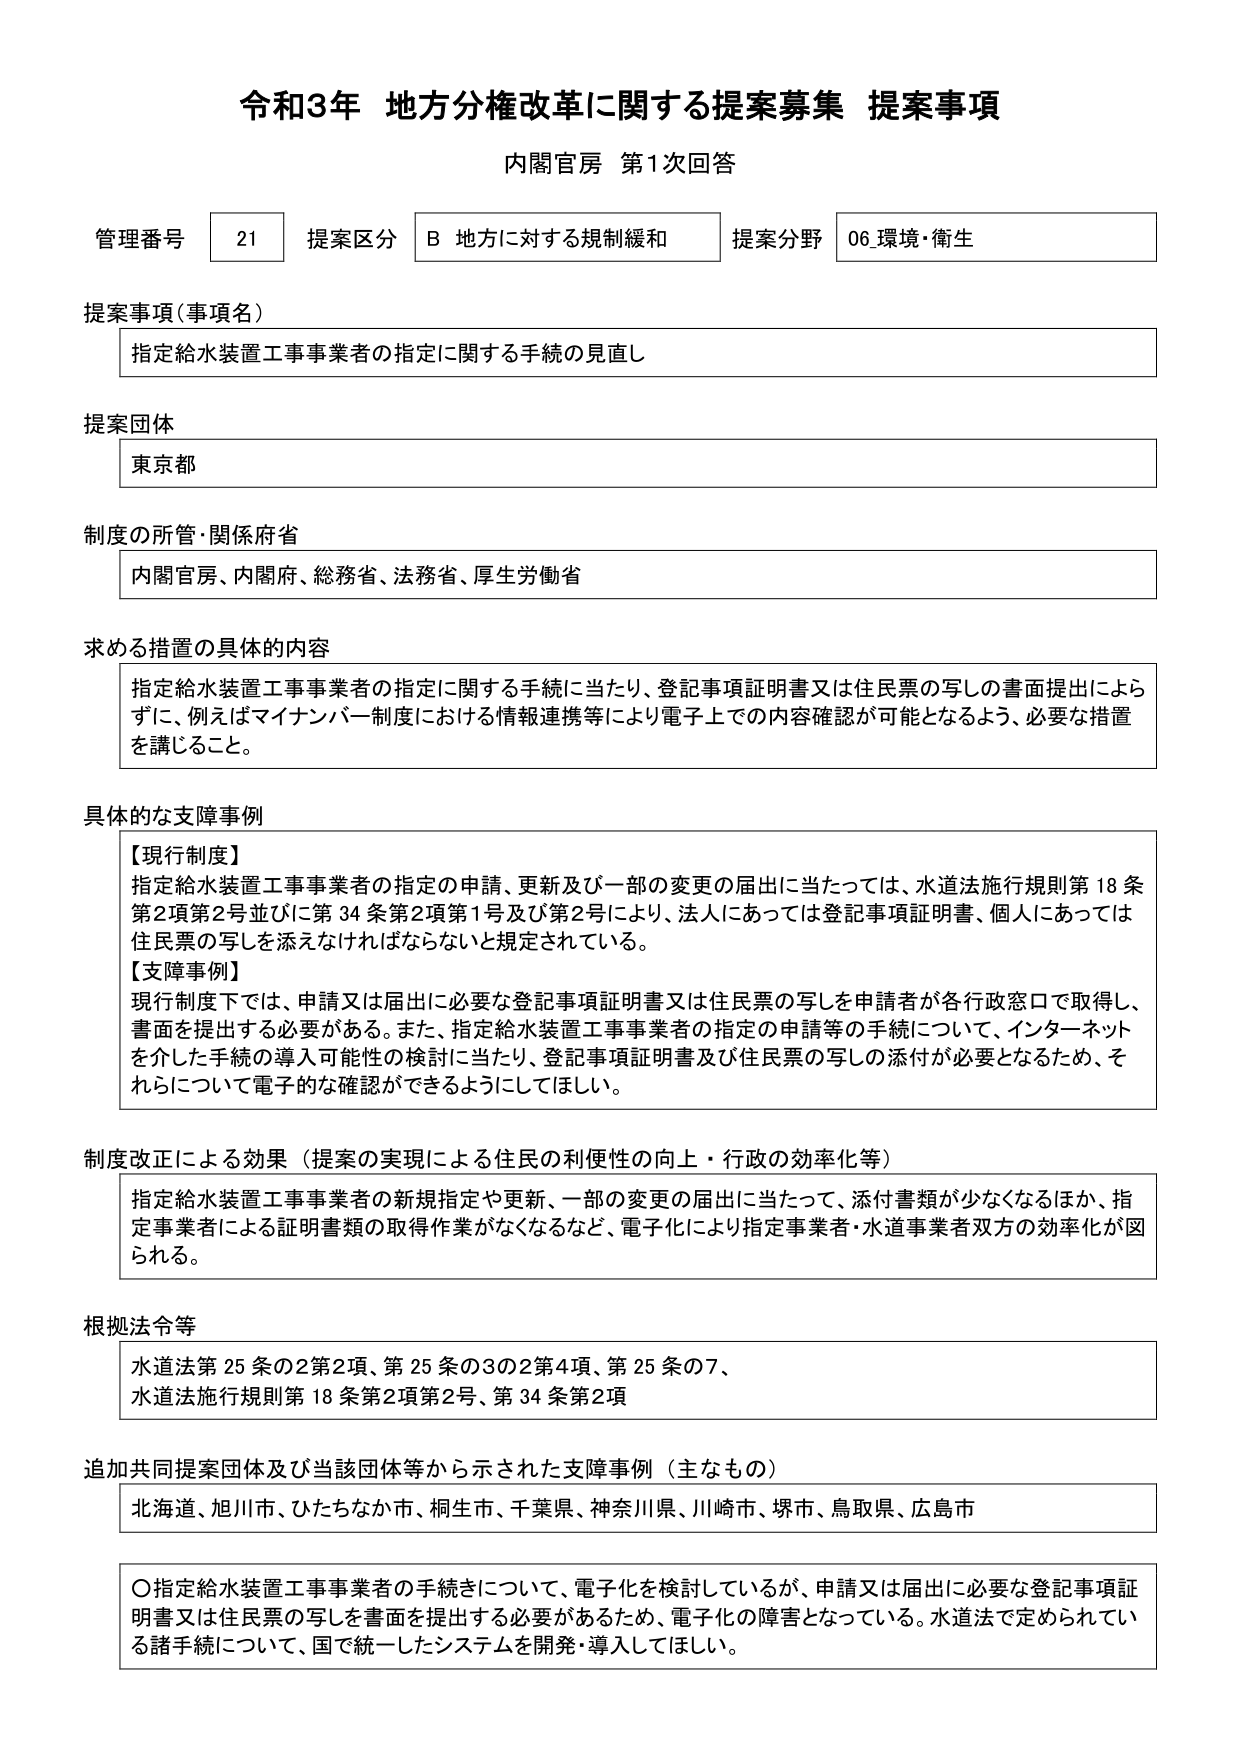
令和3年 地方分権改革に関する提案募集 提案事項
内閣官房 第1次回答

管理番号 21 提案区分 B 地方に対する規制緩和 提案分野 06 環境・衛生

提案事項（事項名）
指定給水装置工事事業者の指定に関する手続の見直し

提案団体
東京都

制度の所管・関係府省
内閣官房、内閣府、総務省、法務省、厚生労働省

求める措置の具体的内容
指定給水装置工事事業者の指定に関する手続に当たり、登記事項証明書又は住民票の写しの書面提出によらずに、例えばマイナンバー制度における情報連携等により電子上での内容確認が可能となるよう、必要な措置を講じること。

具体的な支障事例
【現行制度】
指定給水装置工事事業者の指定の申請、更新及び一部の変更の届出に当たっては、水道法施行規則第18条第2項第2号並びに第34条第2項第1号及び第2号により、法人にあっては登記事項証明書、個人にあっては住民票の写しを添えなければならないと規定されている。
【支障事例】
現行制度下では、申請又は届出に必要な登記事項証明書又は住民票の写しを申請者が各行政窓口で取得し、書面を提出する必要がある。また、指定給水装置工事事業者の指定の申請等の手続について、インターネットを介した手続の導入可能性の検討に当たり、登記事項証明書及び住民票の写しの添付が必要となるため、それらについて電子的な確認ができるようにしてほしい。

制度改正による効果（提案の実現による住民の利便性の向上・行政の効率化等）
指定給水装置工事事業者の新規指定や更新、一部の変更の届出に当たって、添付書類が少なくなるほか、指定事業者による証明書類の取得作業がなくなるなど、電子化により指定事業者・水道事業者双方の効率化が図られる。

根拠法令等
水道法第25条の2第2項、第25条の3の2第4項、第25条の7、
水道法施行規則第18条第2項第2号、第34条第2項

追加共同提案団体及び当該団体等から示された支障事例（主なもの）
北海道、旭川市、ひたちなか市、桐生市、千葉県、神奈川県、川崎市、堺市、鳥取県、広島市

〇指定給水装置工事事業者の手続きについて、電子化を検討しているが、申請又は届出に必要な登記事項証明書又は住民票の写しを書面を提出する必要があるため、電子化の障害となっている。水道法で定められている諸手続について、国で統一したシステムを開発・導入してほしい。